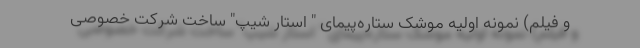
و فیلم) نمونه اولیه موشک ستاره‌پیمای " استار شیپ" ساخت شرکت خصوصی